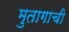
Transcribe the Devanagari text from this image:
मुतागाची